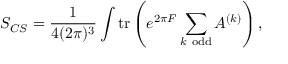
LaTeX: { \cal S } _ { C S } = \frac { 1 } { 4 ( 2 \pi ) ^ { 3 } } \int \mathrm { t r } \left( e ^ { 2 \pi { \cal F } } \sum _ { k ~ \mathrm { o d d } } A ^ { ( k ) } \right) ,